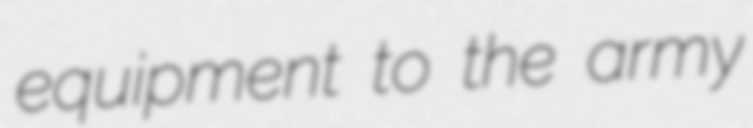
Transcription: equipment to the army